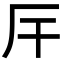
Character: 厈